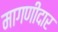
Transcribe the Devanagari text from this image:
मागणीदार